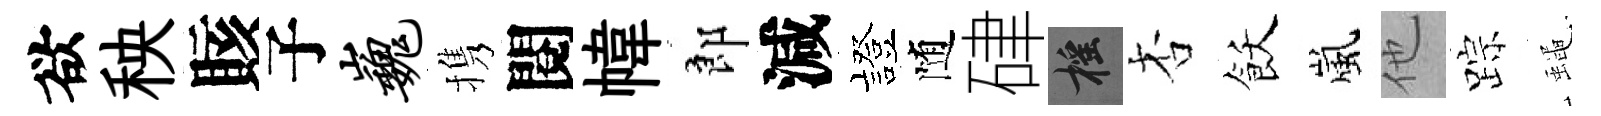
欲秧賅子巍携閱幃郎減發随硉摇杏飫嵐他踪蠅